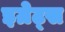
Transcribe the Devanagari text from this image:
इग्रेट्स